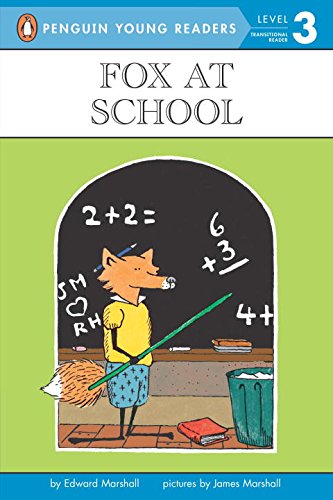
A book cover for Fox at School (Penguin Young Readers, Level 3); Edward Marshall; Children's Books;